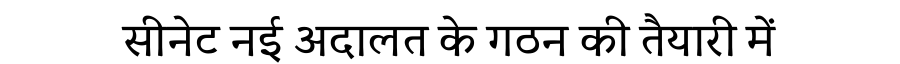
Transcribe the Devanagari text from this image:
सीनेट नई अदालत के गठन की तैयारी में